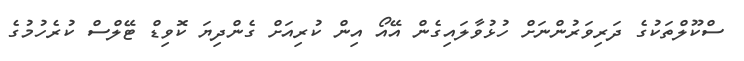
ސްކޫލްތަކުގެ ދަރިވަރުންނަށް ހުޅުވާލައިގެން އޭއޯ އިން ކުރިއަށް ގެންދިޔަ ކޮވިޑް ޓޭލްސް ކުރެހުމުގެ